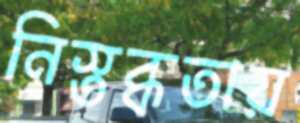
নিস্তব্ধতায়